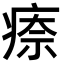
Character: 𤷈